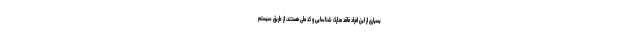
بسیاری از این افراد فاقد مدارک شناسایی و کد ملی هستند، از طریق سیستم